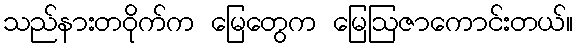
သည်နားတဝိုက်က မြေတွေက မြေဩဇာကောင်းတယ်။